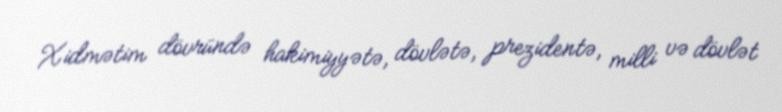
Xidmətim dövründə hakimiyyətə, dövlətə, prezidentə, milli və dövlət